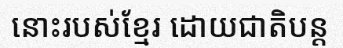
នោះរបស់ខ្មែរ ដោយជាតិបន្ត